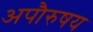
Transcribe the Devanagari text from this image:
अपौरुषय